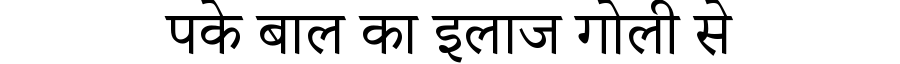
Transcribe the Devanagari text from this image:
पके बाल का इलाज गोली से